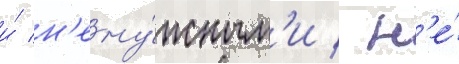
и́ н'ену́жным'и / н'е́